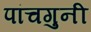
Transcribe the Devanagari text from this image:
पांचगुनी